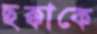
ছক্কাকে